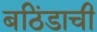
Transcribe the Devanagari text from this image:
बठिंडाची